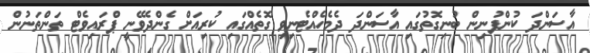
އާސަންދަ ކުންފުނިން ބުނިގޮތުގައި އާސަންދަ ދެމެހެއްޓެނިވި ގޮތެއްގައި ކުރިއަށް ގެންދެވޭނީ ޕްރައިވެޓް ތަންތަނުން